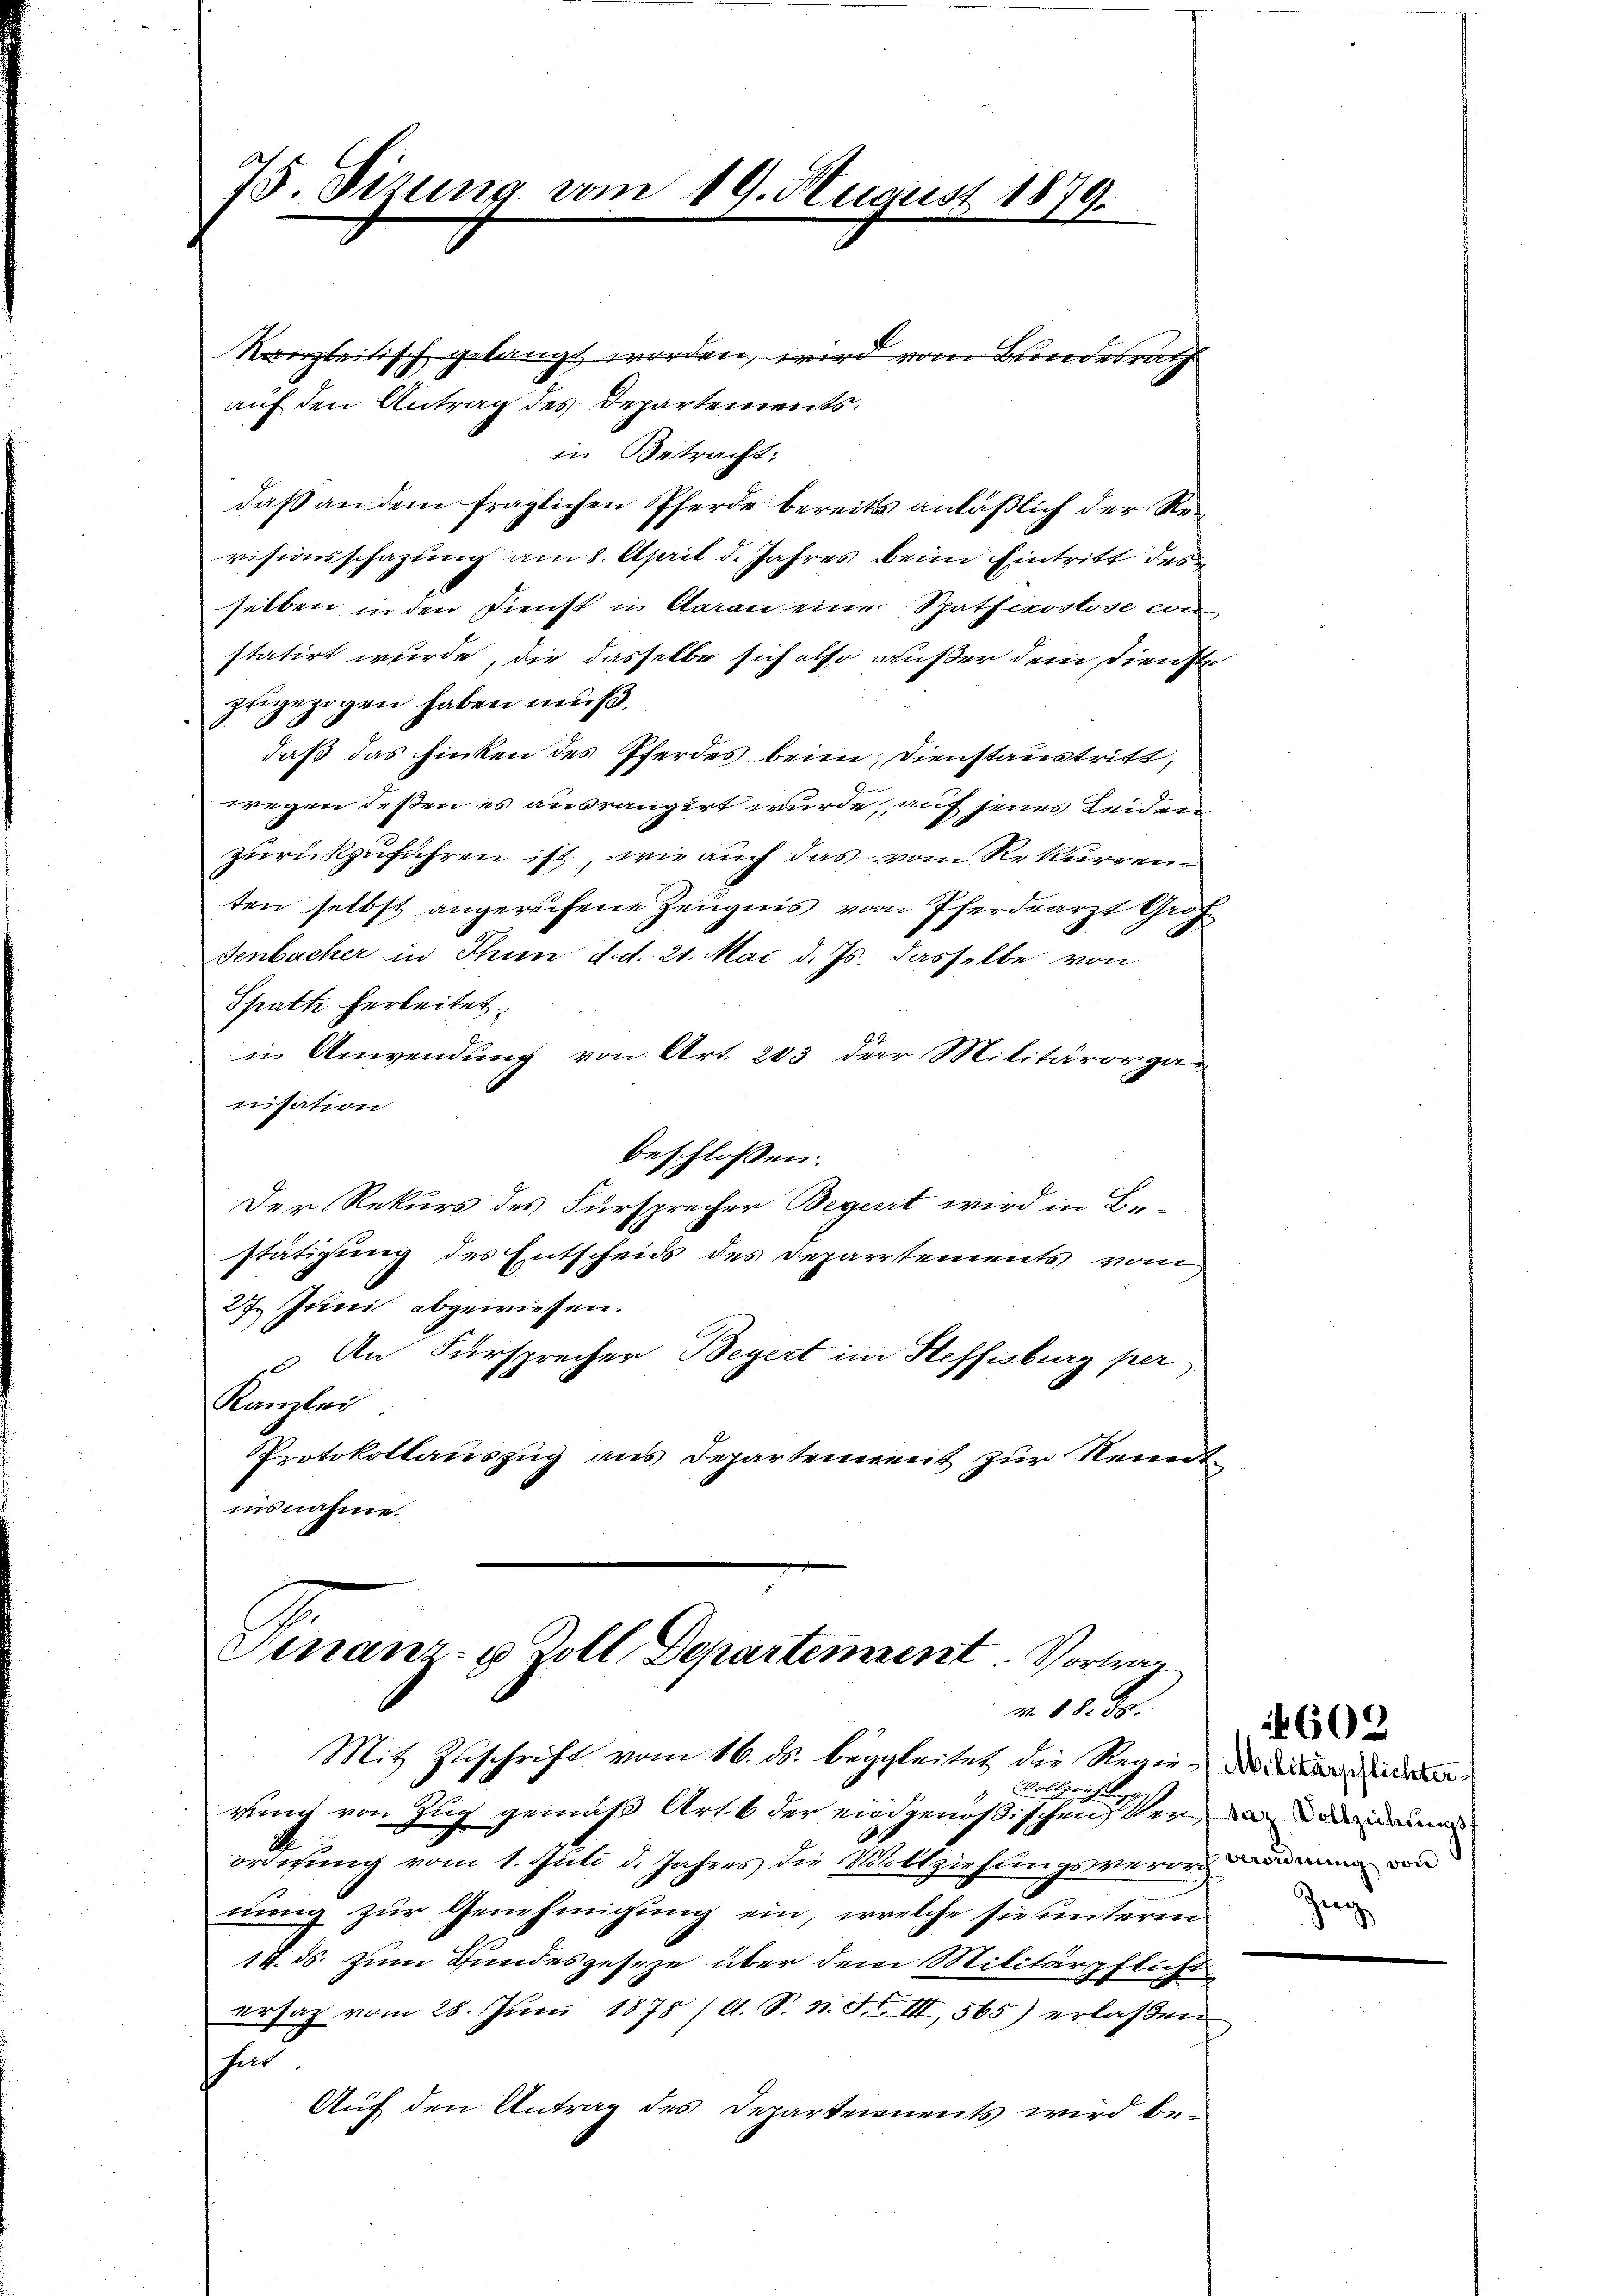
75. Sizung vom 19. August 1879.

kanzleitisch gelangt worden, wird vom Bundesrath
auf den Antrag des Departements.
in Betracht:
daß an dem fraglichen Pferde bereits anläßlich der Revisionsschaftung am 8. April d. Jahres beim Eintritt des
selben in den Dienst in daran einer Spatfepostose con
statirt wurde, die dasselbe sich also außer dem Dienste
zeigezogen haben muß.
daß das hinken des Pferdes beim Dienstaustritt,
wegen deßen es ausrangirt wurde, auf jenes Leiden
zurückzuführen ist, wie auch das vom Rekurrenten selbst angerufene Zeugnis vom Pferdearzt Guh
Senbacher in Thun d. d. 21. Mai d. Js. dasselbe von
Spath herleitet.
in Anwendung von Art. 203 der Militärorganisation
beschlossen:
Der Rekurs des Fürsprecher Begert wird in Be-
stätigung des Entscheids des Departements vom
27. Juni abgewiesen.
 An Fürsprecher Begert im Steffisburg per
Kanzlei
Protokollauszug aus Departennent zur Nennt
insnahme.

Finanz- u Zoll Departement. Vortrag
v. 18. 30.

Mit Zuschrift vom 16. ds. begleitet die Regie¬
Vollziehen
rung von Zug gemäß Art. 6 der eidgenößischen Stern der eine
ordnung vom 1. Juli d. Jahres die Vollziehungsverordnendium n
nung zur Genehmigung ein, welche sie unterm
14. ds. zum Bundesgeseze über dem Militärpflicht
ersaz vom 28. Juni 1878 / A. S. n. F. III, 565) erlaßen
hind
Auf den Antrag des Departennents wird be¬

Zieg

4609